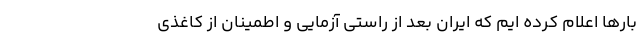
بارها اعلام کرده ایم که ایران بعد از راستی آزمایی و اطمینان از کاغذی